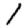
Digit: 1